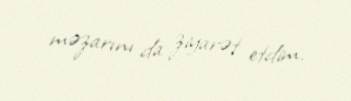
məzarını da ziyarət etdim.